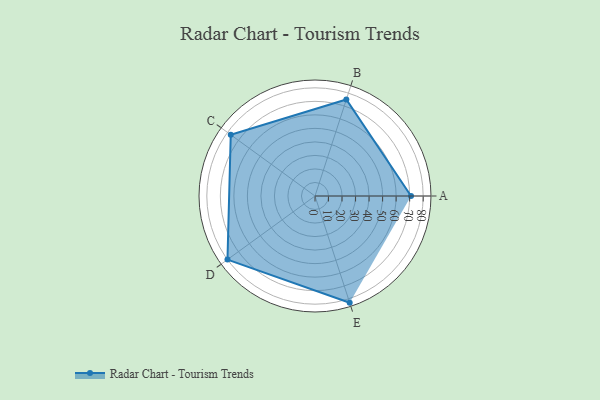
{"axis": {"x": "Skill", "y": "Score"}, "legend": ["Profile"], "data": [{"x": "A", "y": 71.0, "type": "Profile"}, {"x": "B", "y": 75.0, "type": "Profile"}, {"x": "C", "y": 77.0, "type": "Profile"}, {"x": "D", "y": 80.0, "type": "Profile"}, {"x": "E", "y": 83.0, "type": "Profile"}]}